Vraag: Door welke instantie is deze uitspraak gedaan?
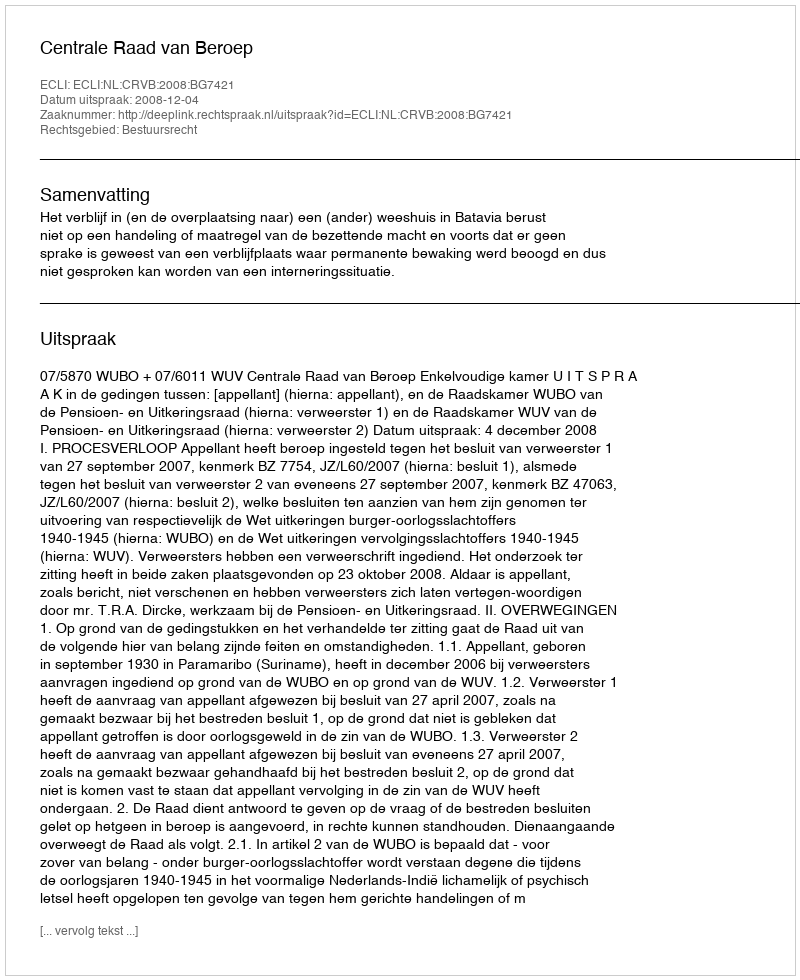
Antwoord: Centrale Raad van Beroep